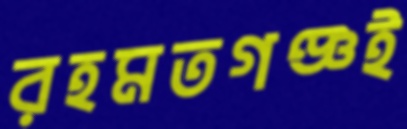
রহমতগঞ্জই